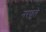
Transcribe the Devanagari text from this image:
नरफुले